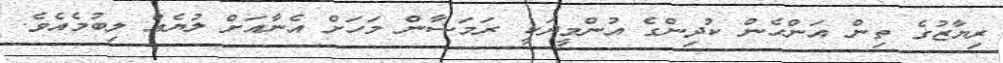
ރިޔާޒުގެ ތިން އަންހެން ކުދިންގެ އުންމީދަކީ ރަމަޟާން މަހަށް އެނާއަށް ލުޔެއް ލިބުމެއެވެ.